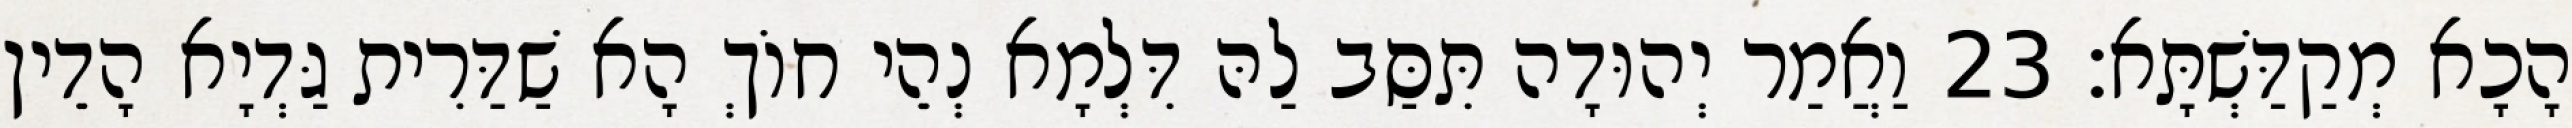
הָכָא מְקַדַּשְׁתָּא׃ 23 וַאֲמַר יְהוּדָה תִּסַּב לַהּ דִּלְמָא נְהֵי חוֹךְ הָא שַׁדַּרִית גַּדְיָא הָדֵין